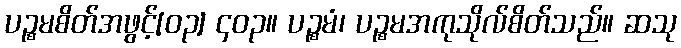
ပဉ္စမစိတ်အဖွင့်[၀၃] ၄၀၃။ ပဉ္စမံ၊ ပဉ္စမအကုသိုလ်စိတ်သည်။ ဆသု